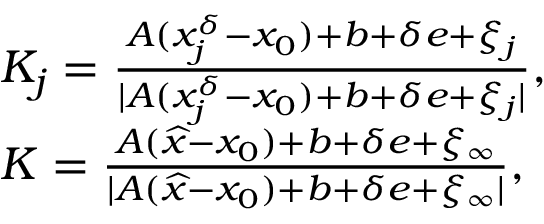
\begin{array} { r l } & { K _ { j } = \frac { A ( x _ { j } ^ { \delta } - x _ { 0 } ) + b + \delta e + \xi _ { j } } { | A ( x _ { j } ^ { \delta } - x _ { 0 } ) + b + \delta e + \xi _ { j } | } , } \\ & { K = \frac { A ( \widehat { x } - x _ { 0 } ) + b + \delta e + \xi _ { \infty } } { | A ( \widehat { x } - x _ { 0 } ) + b + \delta e + \xi _ { \infty } | } , } \end{array}